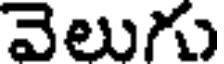
వెలుగు